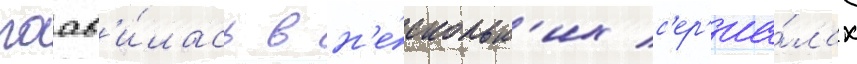
поав'и́лась в н'е́скольк'их с'ер'иа́лах